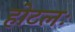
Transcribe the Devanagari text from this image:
होटलः